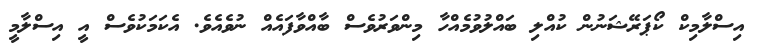
އިސްލާމިކް ކޯޕަރޭޝަނުން ކުއްލި ބައްލުވުމެއްހާ މިންވަރުވެސް ބާއްވާފައެއް ނުވެއެވެ. އެކަމަކުވެސް އީ އިސްލާމީ